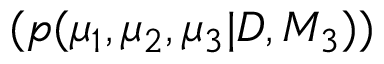
( p ( \mu _ { 1 } , \mu _ { 2 } , \mu _ { 3 } | D , M _ { 3 } ) )